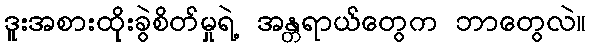
ဒူးအစားထိုးခွဲစိတ်မှုရဲ့ အန္တရာယ်တွေက ဘာတွေလဲ။